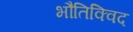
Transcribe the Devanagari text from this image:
भौतिक्विद